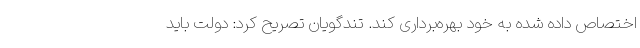
اختصاص داده شده به خود بهره‌برداری کند. تندگویان تصریح کرد: دولت باید